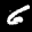
Label: 6